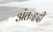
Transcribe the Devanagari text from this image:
अंतःहृदी